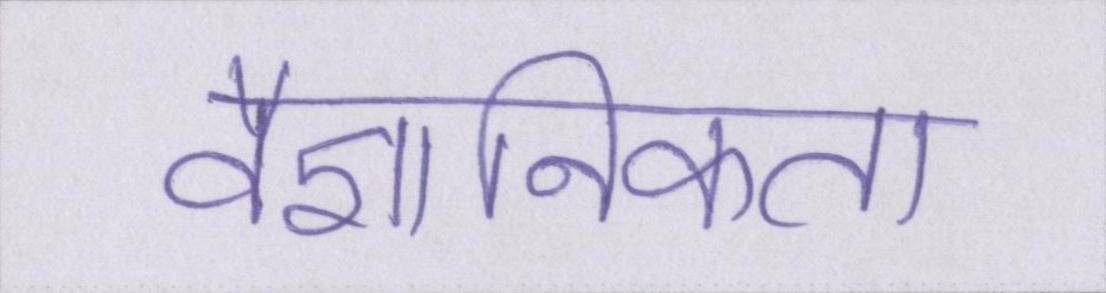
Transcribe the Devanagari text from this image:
वैज्ञानिकता